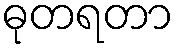
ဓုတရတာ